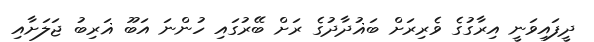
ދީފައިވަނީ އިރާގުގެ ވެރިރަށް ބަޣުދާދުގެ ރަށް ބޭރުގައި ހުންނަ އަބޫ ޣަރިބު ޖަލަށާއި